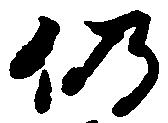
仍